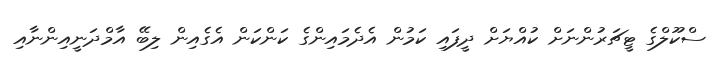
ސްކޫލްގެ ޓީޗަރުންނަށް ކުުއްޔަށް ދީފައި ކަމުން އެދެމައިންގެ ކަންކަން އެގެއިން ލިބޭ އާމްދަނީއިންނާއި